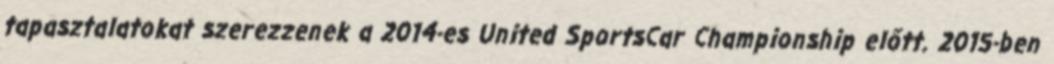
tapasztalatokat szerezzenek a 2014-es United SportsCar Championship előtt. 2015-ben